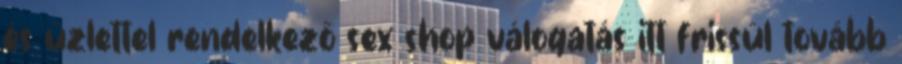
és üzlettel rendelkező sex shop válogatás itt frissül tovább